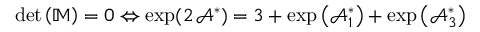
\operatorname* { d e t } \left( \mathbb { M } \right) = 0 \Leftrightarrow \exp ( 2 \, \mathcal { A } ^ { \ast } ) = 3 + \exp \left( \mathcal { A } _ { 1 } ^ { \ast } \right) + \exp \left( \mathcal { A } _ { 3 } ^ { \ast } \right)